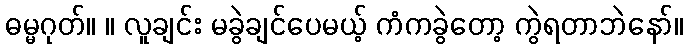
ဓမ္မဂုတ်။ ။ လူချင်း မခွဲချင်ပေမယ့် ကံကခွဲတော့ ကွဲရတာဘဲနော်။